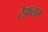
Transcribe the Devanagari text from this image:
टेफ़लन